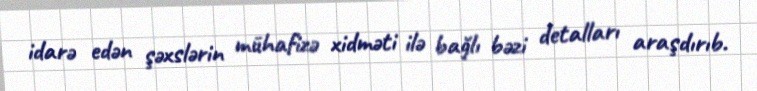
idarə edən şəxslərin mühafizə xidməti ilə bağlı bəzi detalları araşdırıb.